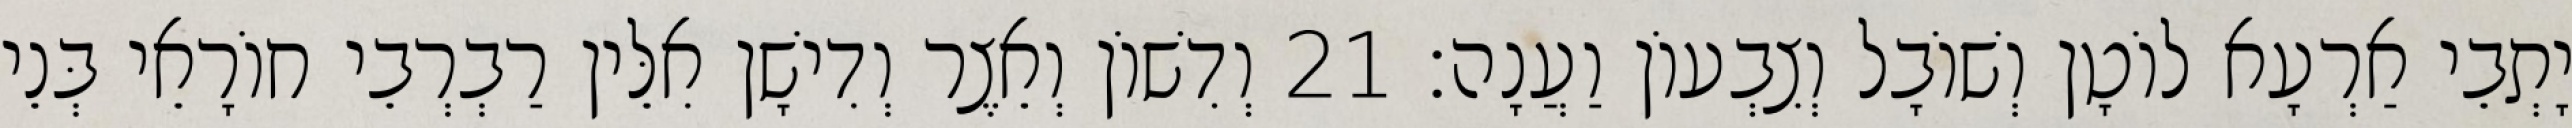
יָתְבֵי אַרְעָא לוֹטָן וְשׁוֹבָל וְצִבְעוֹן וַעֲנָה׃ 21 וְדִשׁוֹן וְאֵצֶר וְדִישָׁן אִלֵּין רַבְרְבֵי חוֹרָאֵי בְּנֵי